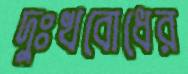
দুঃখবোধের